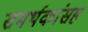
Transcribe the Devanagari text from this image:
समर्थकांसह